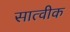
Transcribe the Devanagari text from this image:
सात्वीक